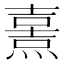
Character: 𤎿